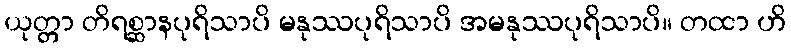
ယုတ္တာ တိရစ္ဆာနပုရိသာပိ မနုဿပုရိသာပိ အမနုဿပုရိသာပိ။ တထာ ဟိ